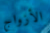
الأزواج